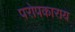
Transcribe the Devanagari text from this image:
परोपकाराय